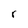
Character: r